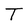
Character: T